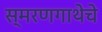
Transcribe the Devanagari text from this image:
स्मरणगाथेचे